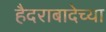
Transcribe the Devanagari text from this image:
हैदराबादेच्या